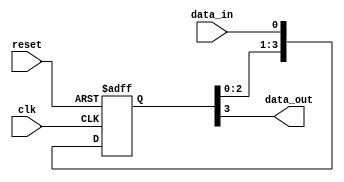
module siso_shift_register(
    input clk,
    input reset,
    input data_in,
    output reg data_out
);

reg [3:0] register;

always @(posedge clk or posedge reset) begin
    if (reset) begin
        register <= 4'b0000;
    end else begin
        register <= {register[2:0], data_in};
    end
end

assign data_out = register[3];

endmodule